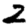
Digit: 2